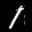
Label: 1